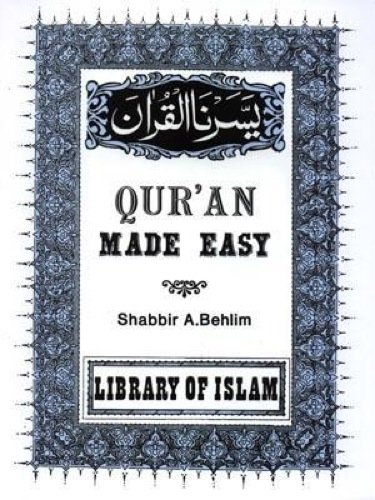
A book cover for Quran Made Easy; Shabbir A. Behlim; Religion & Spirituality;